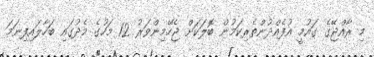
މި ރާއްޖޭގެ ގައުމީ އުފެއްދުންތެރިކަމުން ބޮލަކަށް ޖެހޭމިންވަރު 12 މަހުގެ މެދުގައި ބަހާލައިފިނަމަ